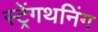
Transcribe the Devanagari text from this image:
स्ट्रेंगथनिंग